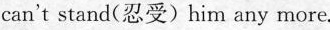
can't stand(忍受)him any more.